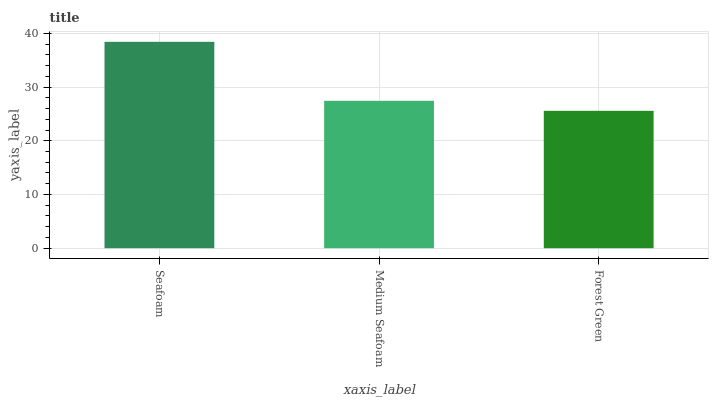
| xaxis_label | bars |
 | --- | --- |
 | Seafoam | 38.4 |
 | Medium Seafoam | 27.4 |
 | Forest Green | 25.6 |